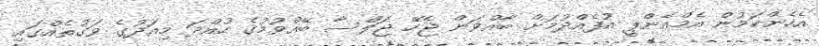
އެހެންކަމުން އެމްއެންޕީ އުފެއްދުމަށް ބާއްވަން ޖެހޭ ޖަލްސާ ބޭއްވުމުގެ ހުއްދަ މިއަދުގެ ވަގުތެއްގައި